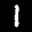
Label: 1